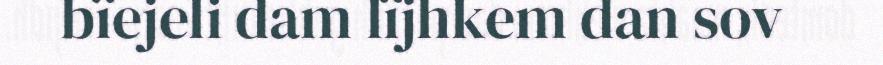
bïejeli dam lïjhkem dan sov